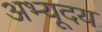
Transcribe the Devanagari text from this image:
अभ्यूदय